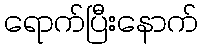
ရောက်ပြီးနောက်